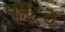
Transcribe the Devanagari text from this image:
पृष््ठ